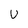
Character: U